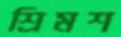
শ্রিমশ